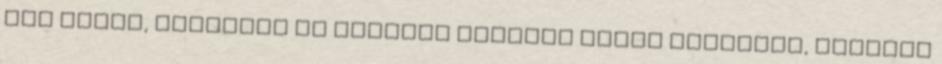
fél évben, továbbra is hallani azonban olyan hangokat, amelyek